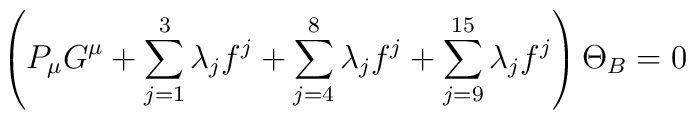
\left( P_\mu G^\mu + \sum^3_{j=1}\lambda_jf^j+\sum_{j=4}^8\lambda_j f^j + \sum_{j=9}^{15}  \lambda_j f^j \right)\Theta_B =0